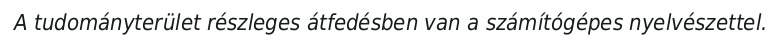
A tudományterület részleges átfedésben van a számítógépes nyelvészettel.